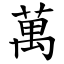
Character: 萬